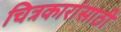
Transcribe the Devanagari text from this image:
चित्रकारांसाठी